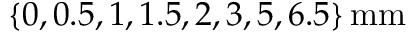
\{ 0 , 0 . 5 , 1 , 1 . 5 , 2 , 3 , 5 , 6 . 5 \} \, \mathrm { m m }